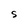
Character: S